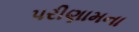
પરીણામના